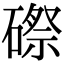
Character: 磜